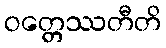
ဝတ္တေဿတီတိ